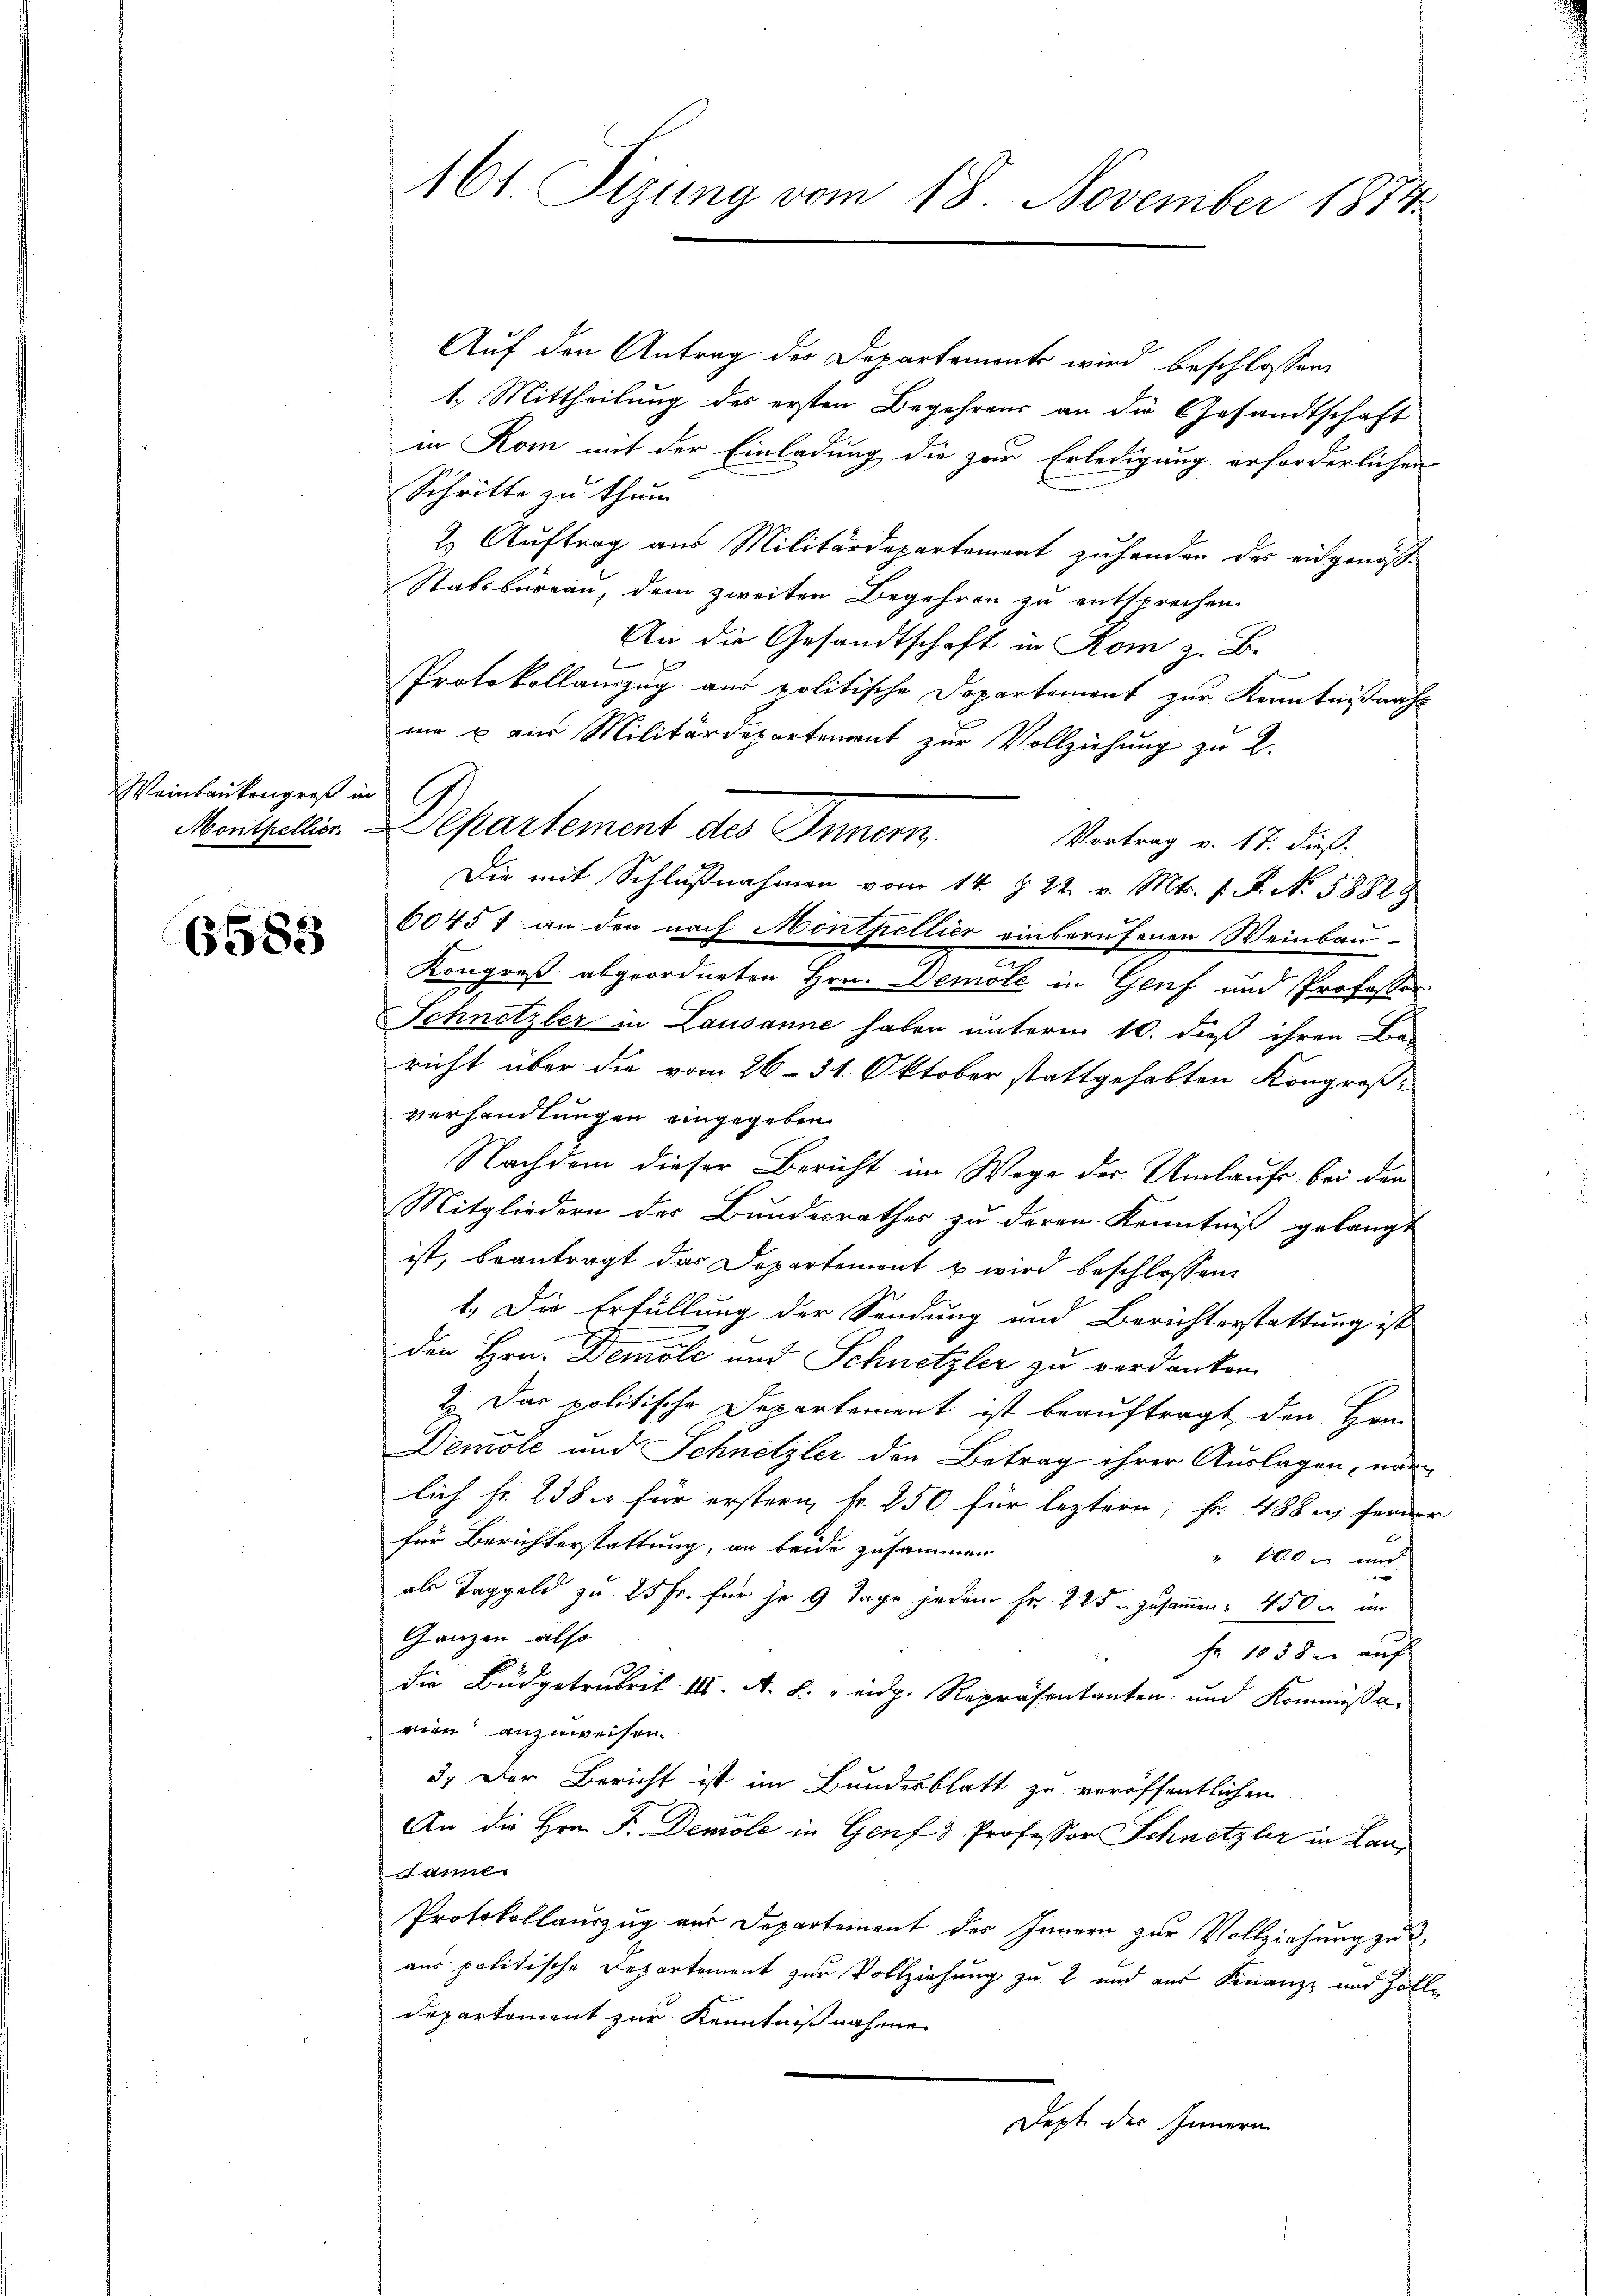
Weinbaukongreß in G

6583

Auf den Antrag des Departemente wird beschlossen,
1.) Mittheilung des ersten Begehrens an die Gesandtschaft
in Rom mit der Einladung die zur Erledigung erforderlichen
Schritte zu thum
2. Auftrag aus Militärdepartement zu handen der eidgenös-
Stabsbureau, dem zweiten Begehren zu entsprechen.
An die Gesandtschaft in Rom z. B.
e
Protokollauszug aus politische Departement zur Kenntnißnahe
ni u aus Militärdepartement zur Vollziehung zu 2.
Monthellier. Departement des Innern.
Vortrag v. 17. dieß
Die mit Schlußnahmen vom 14. §. 22. v. Mts. f. F. No. 58829
60451 an den nach Montpellier einberufenen Weinbau-
Kongreß abgeordneten Hrn. Demole in Genf und Professor
Schnetzler in Lausanne haben unterm 10. dieß ihren Be-
richt über die vom 26. 31. Oktober stattgehabten Kongreß-
verhandlungen eingegeben.
Nachdem dieser Bericht im Wege der Umlaufe bei den
Mitgliedern der Bundesrathes zu deren Kenntniß gelangt
ist, beantragt das Departement u wird beschlossen:
1.) Die Erfüllung der Sendung und Berichterstattung ist
den Hrn. Demole und Schnetzler zu verdanken.
2. Das politische Departement ist beauftragt, den Hrn.
Demole und Schnetzler den Betrag ihrer Auslagen, nam
lich Fr. 235 für erstern k. 250. für leztern; Fr. 488 u. ferner
für Berichterstattung, er beide zusammen
v. 100 und
als Taggeld zu 25 Fr. für je 9 Tage jedem Fr. 22 zusammen 450 c wir
Ganzen also
fr 1838 u. auf
2
die Budgetrubrik III. A. B. eidg. Repräsentanten und Kommissan
rien anzuweisen.
3.) Der Bericht ist im Bundesblatt zu veröffentlichen
An die Hrn. F. Denole in Genf & Professor Schnetzler in Lanail
Protokollauszug aus Departement des Innern zur Vollziehung zu,
aus politische Departement zur Vollziehung zu 2 und aus Finanze und Zolldepartement zur Kenntnißnahme
Dept der Innern

161. Sizung vom 18. November 1814.